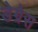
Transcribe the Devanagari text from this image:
डेग्रेस